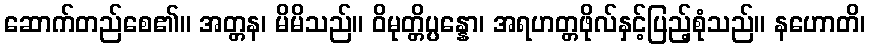
ဆောက်တည်စေ၏။ အတ္တန၊ မိမိသည်။ ဝိမုတ္တိပ္ပန္နော၊ အရဟတ္တဖိုလ်နှင့်ပြည့်စုံသည်။ နဟောတိ၊